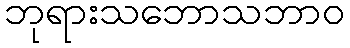
ဘုရားသဘောသဘာဝ